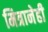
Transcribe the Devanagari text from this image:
मित्रानेही